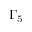
\Gamma _ { 5 }